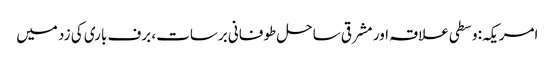
امریکہ: وسطی علاقہ اور مشرقی ساحل طوفانی برسات، برف باری کی زد میں